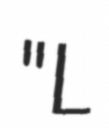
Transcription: "L